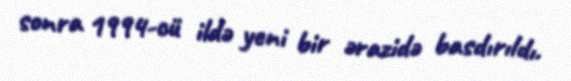
sonra 1994-cü ildə yeni bir ərazidə basdırıldı.